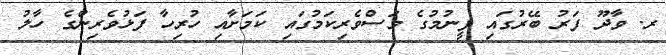
ރ. ވާދޫ ފަރު ބޭރުގައި ފީނުމުގެ މަސްވެރިކަމުގައި ކަމަށާއި ހުރިހާ ފަޅުވެރިންގެ ހާލު